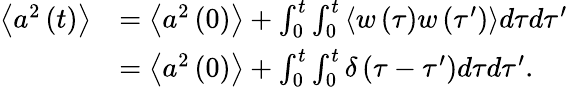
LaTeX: \begin{array}{rl}{\left\langle a^{2}\left(t\right)\right\rangle}&{=\left\langle a^{2}\left(0\right)\right\rangle+\int_{0}^{t}\int_{0}^{t}\left\langle w\left(\tau\right)w\left(\tau^{\prime}\right)\right\rangle d\tau d\tau^{\prime}}\\ &{=\left\langle a^{2}\left(0\right)\right\rangle+\int_{0}^{t}\int_{0}^{t}\delta\left(\tau-\tau^{\prime}\right)d\tau d\tau^{\prime}.}\end{array}